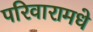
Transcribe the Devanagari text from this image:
परिवारामधे